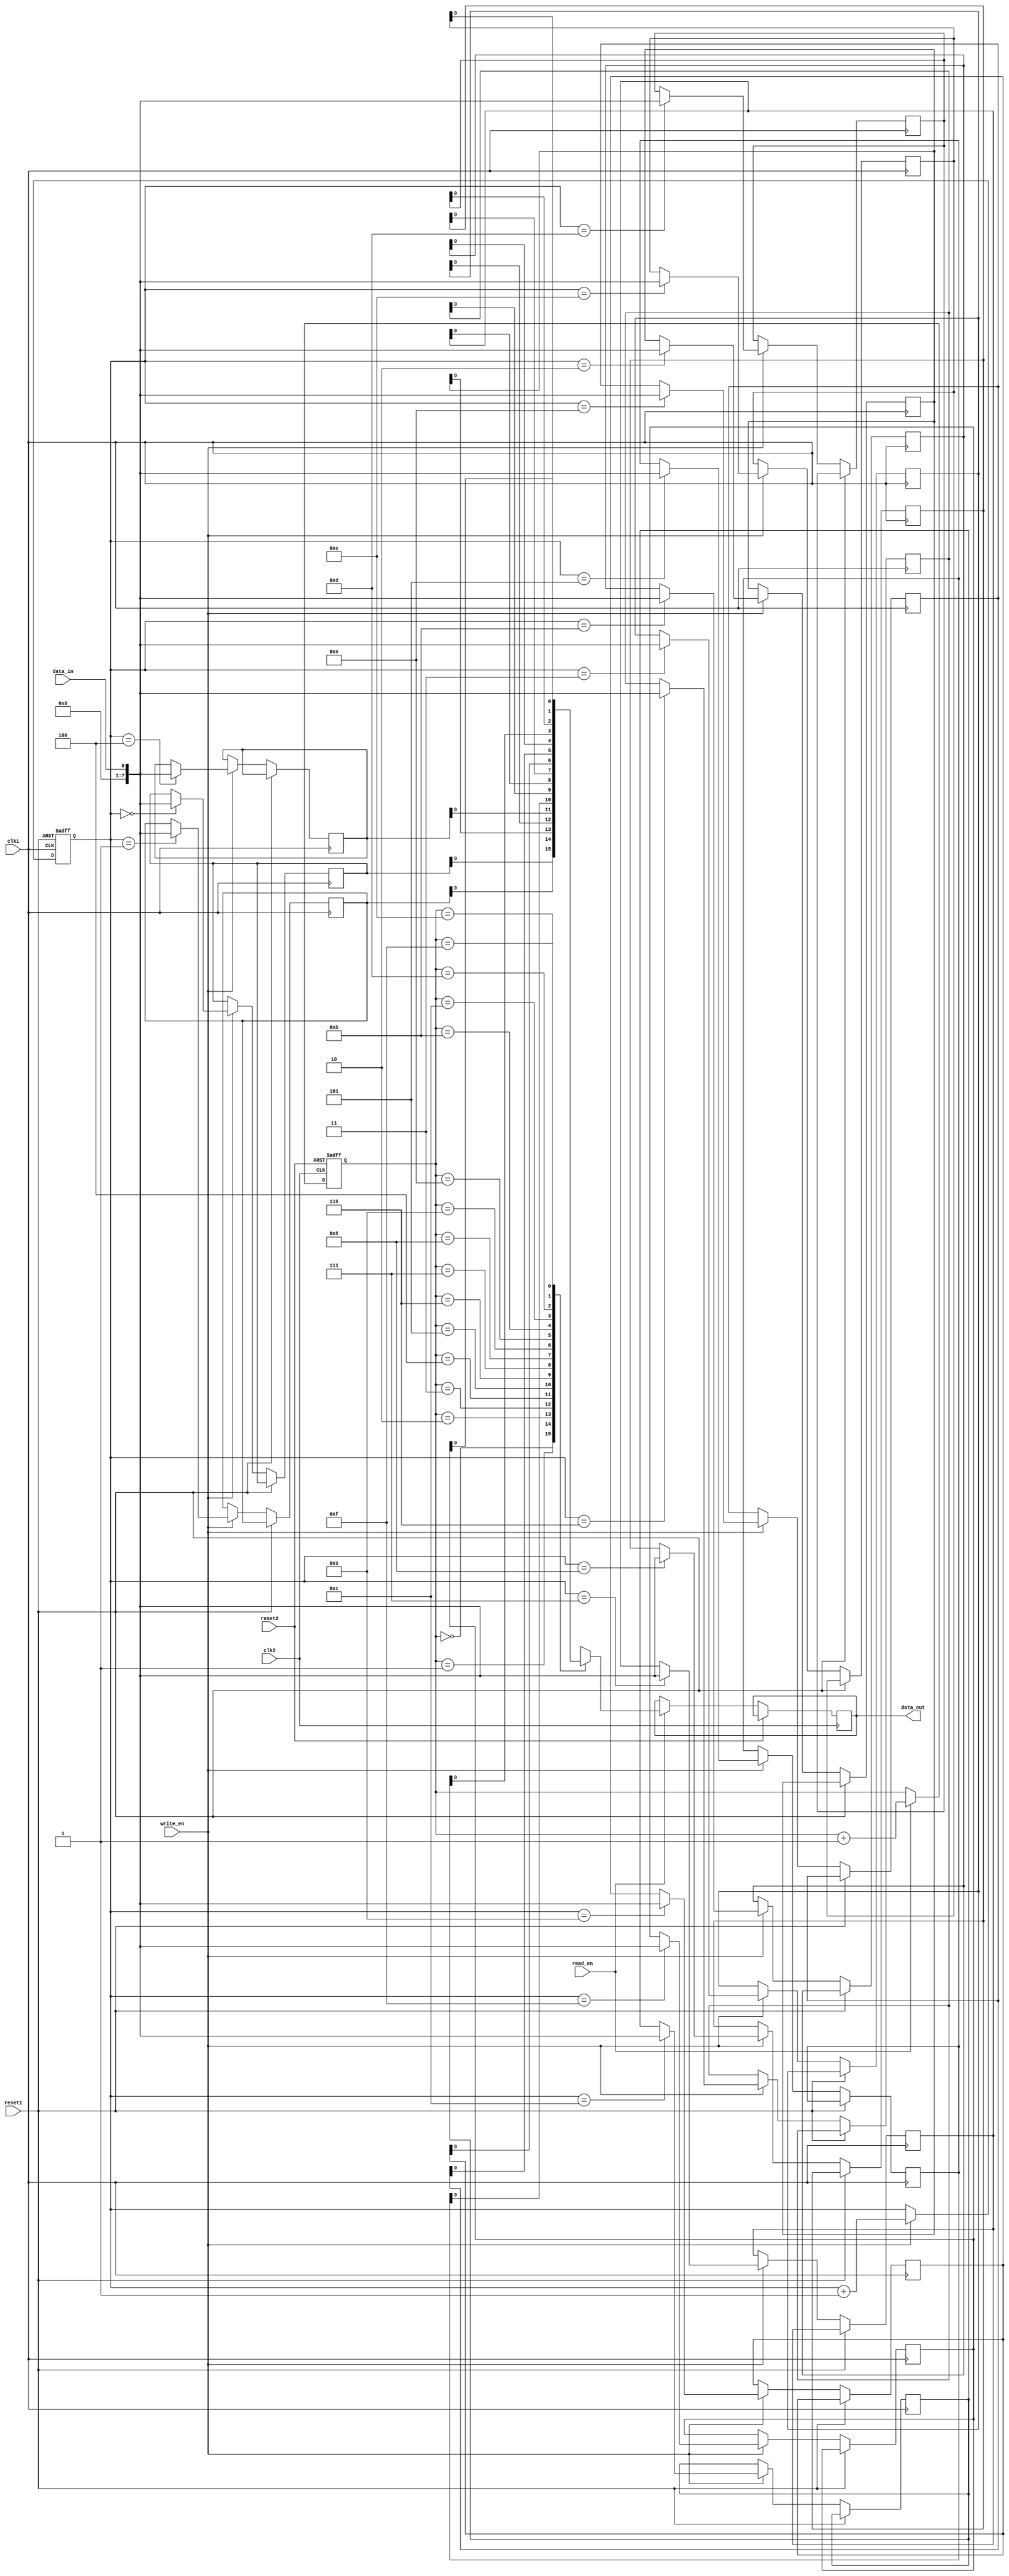
module asynchronous_fifo_sync (
    input wire clk1, // Clock signal for clock domain 1
    input wire reset1, // Reset signal for clock domain 1
    input wire clk2, // Clock signal for clock domain 2
    input wire reset2, // Reset signal for clock domain 2
    input wire write_en, // Write enable signal
    input wire read_en, // Read enable signal
    input wire data_in, // Data input signal
    output reg data_out // Data output signal
);

reg [7:0] fifo [0:15]; // FIFO buffer with 16 elements

reg [3:0] write_ptr = 4'b0000; // Write pointer for FIFO buffer
reg [3:0] read_ptr = 4'b0000; // Read pointer for FIFO buffer

// Clock domain crossing circuit
always @(posedge clk1 or posedge reset1) begin
    if (reset1) begin
        write_ptr <= 4'b0000;
    end else if (write_en) begin
        fifo[write_ptr] <= data_in;
        write_ptr <= write_ptr + 1;
    end
end

always @(posedge clk2 or posedge reset2) begin
    if (reset2) begin
        read_ptr <= 4'b0000;
    end else if (read_en) begin
        data_out <= fifo[read_ptr];
        read_ptr <= read_ptr + 1;
    end
end

endmodule